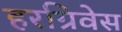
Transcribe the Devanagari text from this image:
हरग्रिवेस